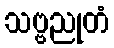
သဗ္ဗညုတံ